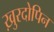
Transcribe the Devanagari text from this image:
ख़ुरदोपिन